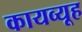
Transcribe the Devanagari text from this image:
कायव्यूह